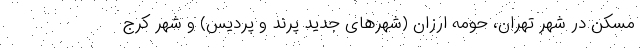
مسکن در شهر تهران، حومه ارزان (شهرهای جدید پرند و پردیس) و شهر کرج